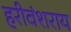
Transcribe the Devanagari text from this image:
हरीवंशराय